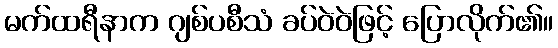
မက်ထရီနာက ဂျစ်ပစီသံ ခပ်ဝဲဝဲဖြင့် ပြောလိုက်၏။